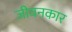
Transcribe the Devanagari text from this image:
जीवनकार